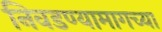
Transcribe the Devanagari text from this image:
निवडण्यामागच्या